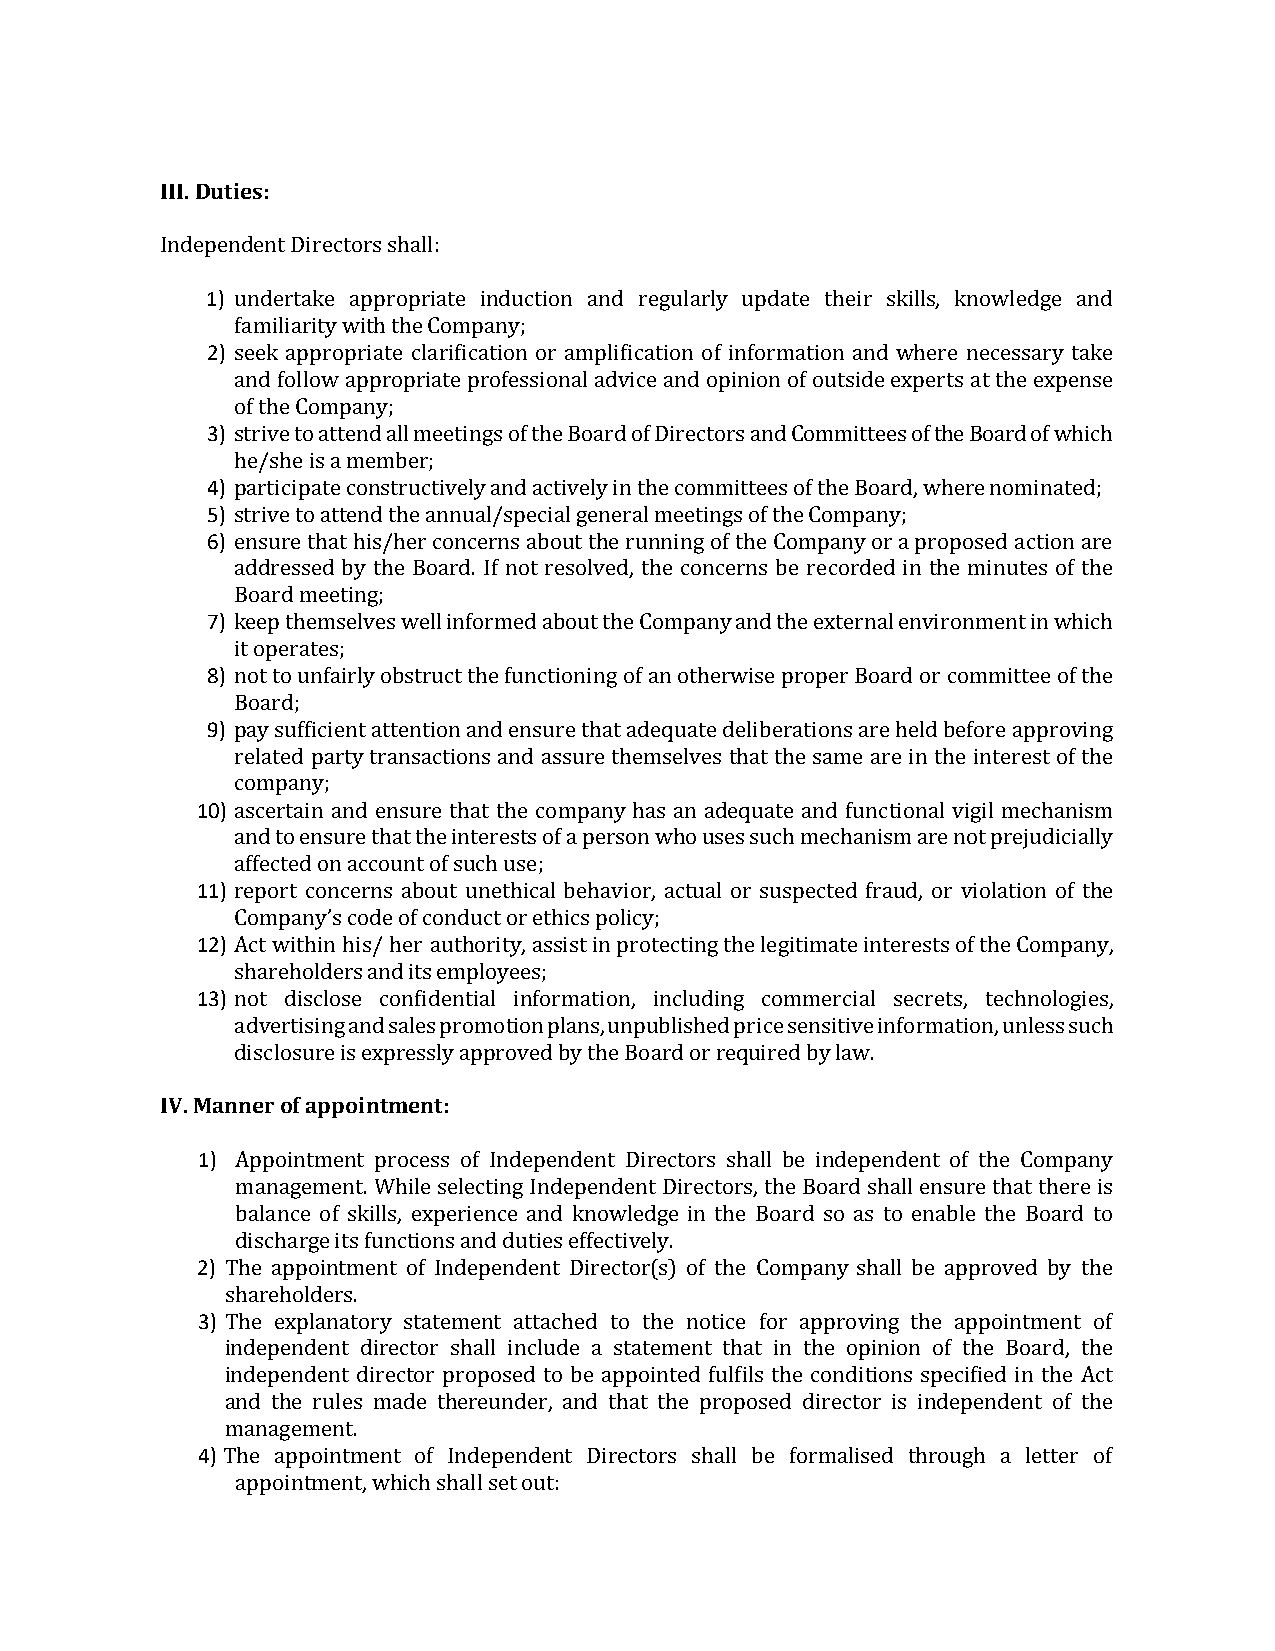
III.Duties:
 Independent Directors shall:
 1) undertake appropriate induction and regularly update their skills, knowledge and
 familiarity with the Company;
 2) seek appropriate clarification or amplification of information and where necessary take
 and follow appropriate professional advice and opinion of outside experts at the expense
 of the Company;
 3) strive to attend all meetings of the Board of Directors and Committees of the Board of which
 he/she is a member;
 4) participate constructively and actively in the committees of the Board, where nominated;
 5) strive to attend the annual/special general meetings of the Company;
 6) ensure that his/her concerns about the running of the Company or a proposed action are
 addressed by the Board. If not resolved, the concerns be recorded in the minutes of the
 Board meeting;
 7) keep themselves well informed about the Company and the external environment in which
 it operates;
 8) not to unfairly obstruct the functioning of an otherwise proper Board or committee of the
 Board;
 9) pay sufficient attention and ensure that adequate deliberations are held before approving
 related party transactions and assure themselves that the same are in the interest of the
 company;
 10) ascertain and ensure that the company has an adequate and functional vigil mechanism
 and to ensure that the interests of a person who uses such mechanism are not prejudicially
 affected on account of such use;
 11) report concerns about unethical behavior, actual or suspected fraud, or violation of the
 Company’s code of conduct or ethics policy;
 12) Act within his/ her authority, assist in protecting the legitimate interests of the Company,
 shareholders and its employees;
 13) not disclose confidential information, including commercial secrets, technologies,
 advertising and sales promotion plans, unpublished price sensitive information, unless such
 disclosure is expressly approved by the Board or required by law.
 IV.Manner of appointment:
 1) Appointment process of Independent Directors shall be independent of the Company
 management. While selecting Independent Directors, the Board shall ensure that there is
 balance of skills, experience and knowledge in the Board so as to enable the Board to
 discharge its functions and duties effectively.
 2) The appointment of Independent Director(s) of the Company shall be approved by the
 shareholders.
 3) The explanatory statement attached to the notice for approving the appointment of
 independent director shall include a statement that in the opinion of the Board, the
 independent director proposed to be appointed fulfils the conditions specified in the Act
 and the rules made thereunder, and that the proposed director is independent of the
 management.
 4) The appointment of Independent Directors shall be formalised through a letter of
 appointment, which shall set out: